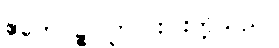
ဧတေပဉ္စ၊ ဤငါးပါးတို့သည်။